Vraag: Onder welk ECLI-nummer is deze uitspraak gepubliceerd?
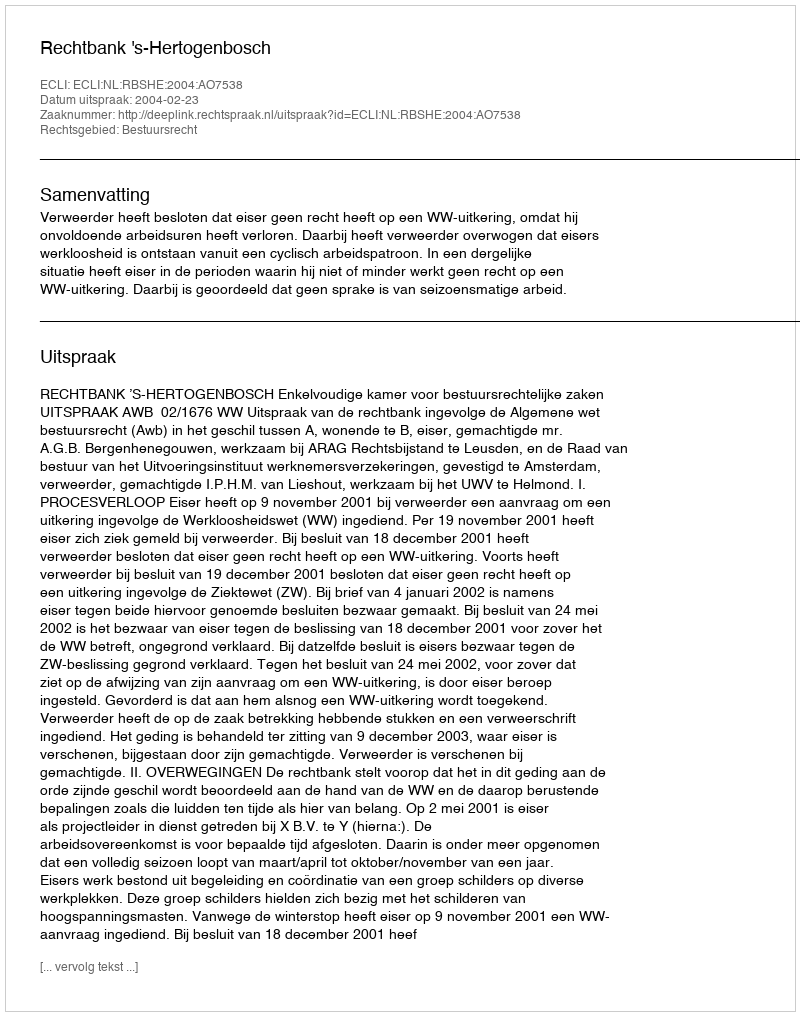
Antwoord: ECLI:NL:RBSHE:2004:AO7538